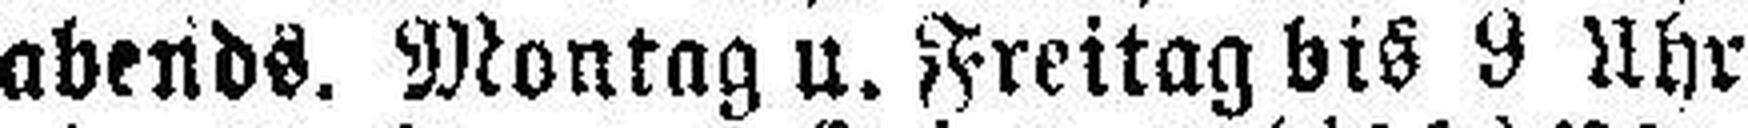
abends. Montag u. Freitag bis 9 Uhr